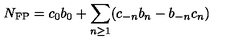
N _ { \mathrm { F P } } = c _ { 0 } b _ { 0 } + \sum _ { n \geq 1 } ( c _ { - n } b _ { n } - b _ { - n } c _ { n } )